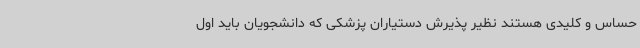
حساس و کلیدی هستند نظیر پذیرش دستیاران پزشکی که دانشجویان باید اول